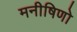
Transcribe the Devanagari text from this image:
मनीषिणो